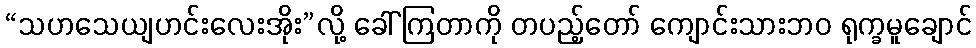
“သဟသေယျဟင်းလေးအိုး”လို့ ခေါ်ကြတာကို တပည့်တော် ကျောင်းသားဘဝ ရုက္ခမူချောင်